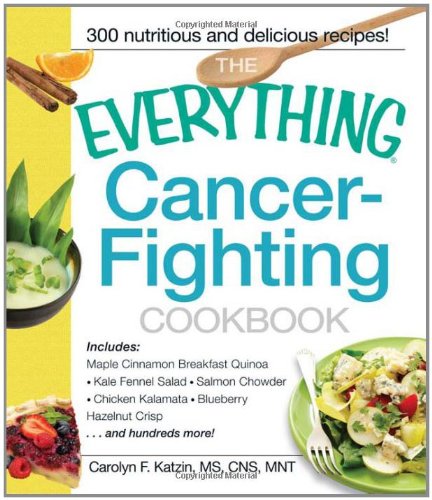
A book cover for The Everything Cancer-Fighting Cookbook (Everything (Cooking)); Carolyn F. Katzin; Cookbooks, Food & Wine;